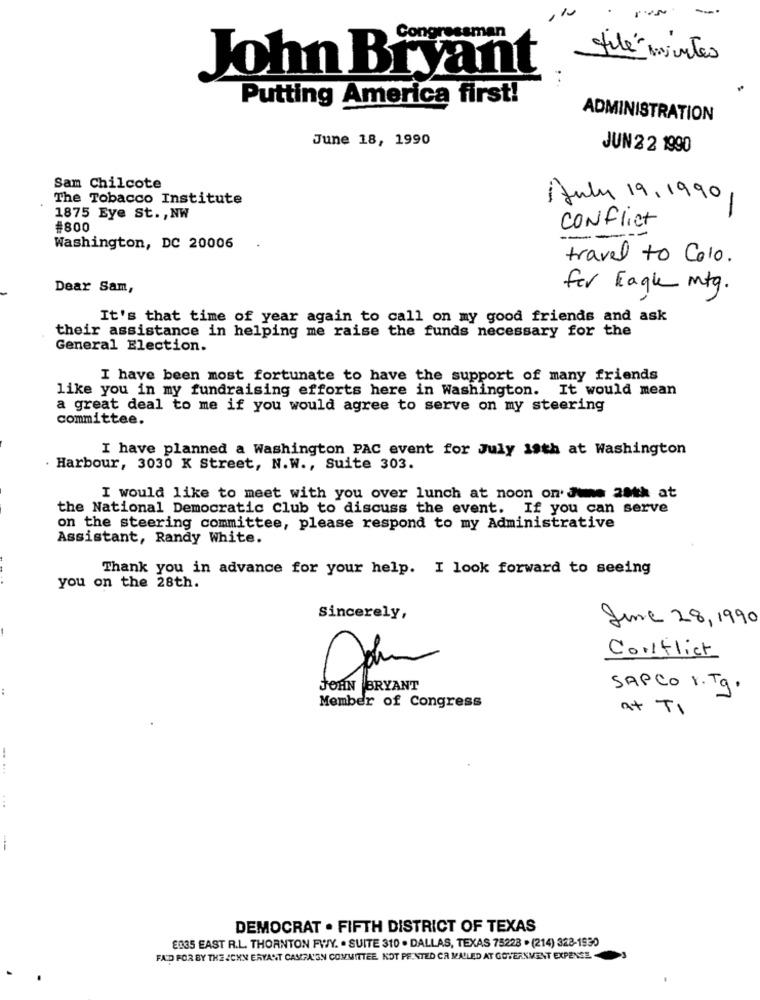
Congressman
filé minutes
John Bryant
: .
Putting America first!
ADMINISTRATION
June 18, 1990
JUN 2 2 1990
Sam Chilcote
The Tobacco Institute
AJuly 19.1990,
1875 Eye St ., NW
Conflict
#800
--
Washington, DC 20006
travel to Colo.
Dear Sam,
for Eagle mtg.
It's that time of year again to call on my good friends and ask
their assistance in helping me raise the funds necessary for the
General Election.
I have been most fortunate to have the support of many friends
like you in my fundraising efforts here in Washington. It would mean
a great deal to me if you would agree to serve on my steering
committee.
I have planned a Washington PAC event for July 19th at Washington
. Harbour, 3030 K Street, N.W ., Suite 303.
I would like to meet with you over lunch at noon on June 201k at
the National Democratic Club to discuss the event. If you can serve
on the steering committee, please respond to my Administrative
Assistant, Randy White.
Thank you in advance for your help. I look forward to seeing
you on the 28th.
Sincerely,
Jine 28, 1990
Conflict
JOHN BRYANT
SAPCO I.Tg.
Member of Congress
at TI
-. ...
...
DEMOCRAT . FIFTH DISTRICT OF TEXAS
E035 EAST R.L. THORNTON FWY. . SUITE 310 . DALLAS, TEXAS 75228 . (214) 328-1930
FAD FOR BY THE ICHN ERVANT CAMFA'EN COMMITTEE, KOT PRINTED CA MAULED AT GOVERNMENT EXPENSE.